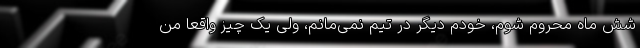
شش ماه محروم شوم، خودم دیگر در تیم نمی‌مانم، ولی یک چیز واقعاً من